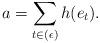
LaTeX: \begin{align*}a=\sum_{t\in (\epsilon)} h(e_t).\end{align*}